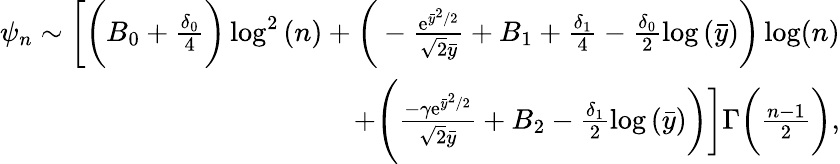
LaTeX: \begin{array}{r}{\psi_{n}\sim\bigg[\bigg(B_{0}+\frac{\delta_{0}}{4}\bigg)\log^{2}{(n)}+\bigg(-\frac{\mathrm{e}^{\bar{y}^{2}/2}}{\sqrt{2}\bar{y}}+B_{1}+\frac{\delta_{1}}{4}-\frac{\delta_{0}}{2}\log{(\bar{y})}\bigg)\log(n)}\\ {+\Biggl(\frac{-\gamma\mathrm{e}^{\bar{y}^{2}/2}}{\sqrt{2}\bar{y}}+B_{2}-\frac{\delta_{1}}{2}\log{(\bar{y})}\bigg)\bigg]\Gamma\bigg(\frac{n-1}{2}\bigg),}\end{array}